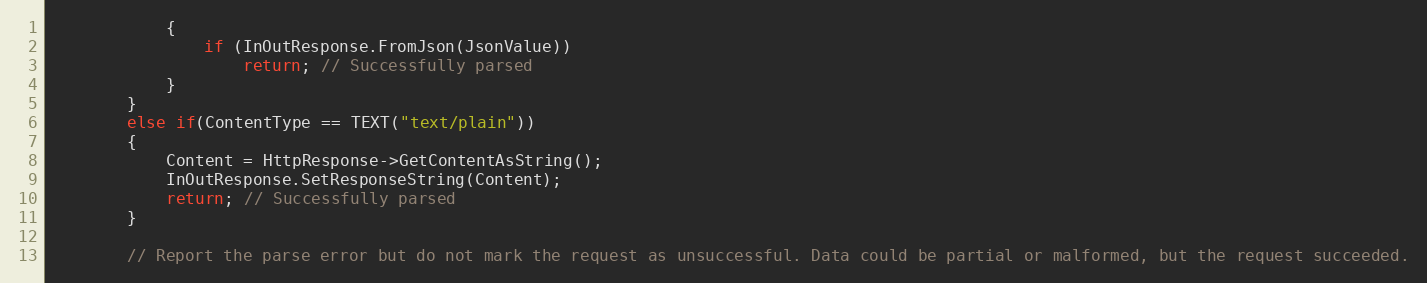
Language: C++
			{
				if (InOutResponse.FromJson(JsonValue))
					return; // Successfully parsed
			}
		}
		else if(ContentType == TEXT("text/plain"))
		{
			Content = HttpResponse->GetContentAsString();
			InOutResponse.SetResponseString(Content);
			return; // Successfully parsed
		}

		// Report the parse error but do not mark the request as unsuccessful. Data could be partial or malformed, but the request succeeded.